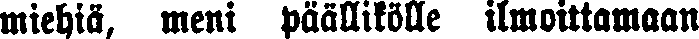
miehiä, meni päällikölle ilmoittamaan